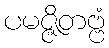
ပမဇ္ဇိတဗ္ဗံ